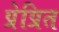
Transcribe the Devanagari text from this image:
प्रेप्रित